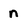
Character: n